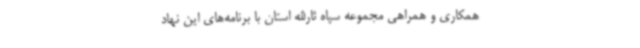
همکاری و همراهی مجموعه سپاه ثارالله استان با برنامه‌های این نهاد